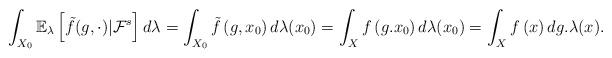
LaTeX: \begin{align*}\int_{X_{0}}\mathbb{E}_{\lambda}\left[\tilde{f}(g,\cdot)|\mathcal{F}^{s}\right]d\lambda=\int_{X_{0}}\tilde{f}\left(g,x_{0}\right)d\lambda(x_{0})=\int_{X}f\left(g.x_{0}\right)d\lambda(x_{0})=\int_{X}f\left(x\right)dg.\lambda(x).\end{align*}